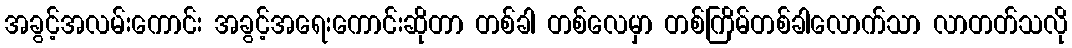
အခွင့်အလမ်းကောင်း အခွင့်အရေးကောင်းဆိုတာ တစ်ခါ တစ်လေမှာ တစ်ကြိမ်တစ်ခါလောက်သာ လာတတ်သလို